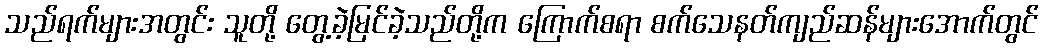
သည်ရက်များအတွင်း သူတို့ တွေ့ခဲ့မြင်ခဲ့သည်တို့က ကြောက်စရာ စက်သေနတ်ကျည်ဆန်များအောက်တွင်